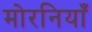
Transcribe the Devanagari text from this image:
मोरनियाँ